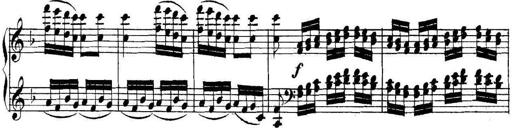
Title: Collected Piano Sonatas
Composer: Muzio Clementi